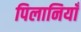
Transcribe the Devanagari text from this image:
पिलानियाँ